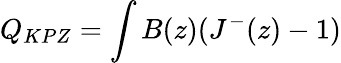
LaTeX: Q_{KPZ}=\int B(z)(J^{-}(z)-1)